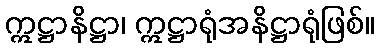
ဣဋ္ဌာနိဋ္ဌာ၊ ဣဋ္ဌာရုံအနိဋ္ဌာရုံဖြစ်။